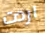
اردت